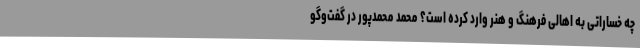
چه خساراتی به اهالی فرهنگ و هنر وارد کرده است؟ محمد محمدپور در گفت‌وگو